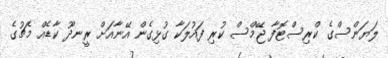
ލަޔަންސްގެ ކްރިސްޓޮފާ ޖޭމްސް ކުރި ފައުލަކާ ގުޅިގެން އޭނާއަށް ރީނދޫ ކާޑެއް މެޗުގެ